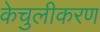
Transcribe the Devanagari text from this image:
केचुलीकरण